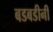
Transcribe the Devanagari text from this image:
बडबडीनी